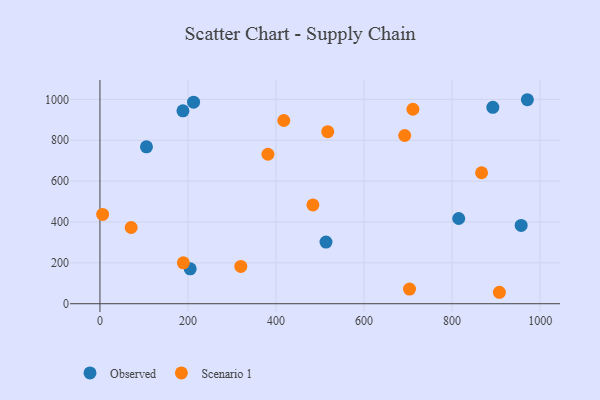
{"axis": {"x": "Price", "y": "Rating"}, "legend": ["Observed", "Scenario 1"], "data": [{"x": "188.6", "y": 943.8, "type": "Observed"}, {"x": "815.0", "y": 417.0, "type": "Observed"}, {"x": "513.5", "y": 301.8, "type": "Observed"}, {"x": "212.7", "y": 986.2, "type": "Observed"}, {"x": "892.5", "y": 961.0, "type": "Observed"}, {"x": "205.0", "y": 170.6, "type": "Observed"}, {"x": "971.0", "y": 998.2, "type": "Observed"}, {"x": "105.7", "y": 767.7, "type": "Observed"}, {"x": "956.9", "y": 383.3, "type": "Observed"}, {"x": "517.5", "y": 841.9, "type": "Scenario 1"}, {"x": "703.3", "y": 71.5, "type": "Scenario 1"}, {"x": "70.9", "y": 373.0, "type": "Scenario 1"}, {"x": "483.8", "y": 483.5, "type": "Scenario 1"}, {"x": "189.5", "y": 200.0, "type": "Scenario 1"}, {"x": "320.0", "y": 182.5, "type": "Scenario 1"}, {"x": "6.1", "y": 437.0, "type": "Scenario 1"}, {"x": "381.6", "y": 731.3, "type": "Scenario 1"}, {"x": "692.3", "y": 823.1, "type": "Scenario 1"}, {"x": "907.4", "y": 56.0, "type": "Scenario 1"}, {"x": "711.0", "y": 951.6, "type": "Scenario 1"}, {"x": "417.7", "y": 896.6, "type": "Scenario 1"}, {"x": "867.0", "y": 640.9, "type": "Scenario 1"}]}